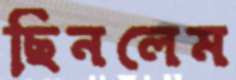
ছিনলেম